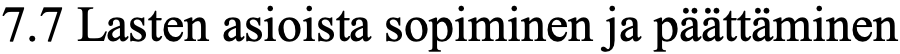
7.7 Lasten asioista sopiminen ja päättäminen